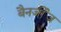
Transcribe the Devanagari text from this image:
बैनर्जीज़